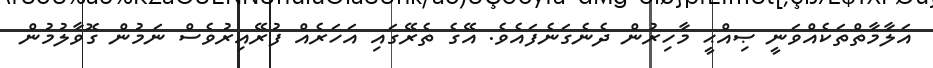
އަލާމާތްތަކެއްވަނީ ޞިއްޙީ މާހިރުން ދެނެގަނެފައެވެ. އޭގެ ތެރޭގައި އަހަރެއް ފުރޭއިރުވެސް ނަމުން ގޮވާލުމުން